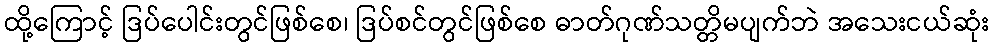
ထို့ကြောင့် ဒြပ်ပေါင်းတွင်ဖြစ်စေ၊ ဒြပ်စင်တွင်ဖြစ်စေ ဓာတ်ဂုဏ်သတ္တိမပျက်ဘဲ အသေးငယ်ဆုံး